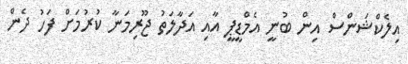
އިލެކްޝަންސް އިން ބުނީ އެމްޑީޕީ އާއި އަދާލަތު ޖޫރިމަނާ ކުރުމަށް ފަހު ދެން